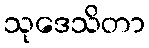
သုဒေသိတာ